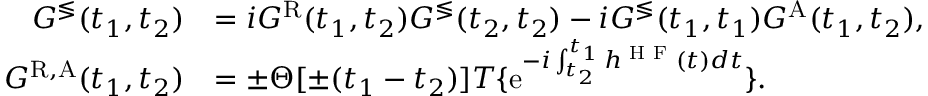
\begin{array} { r l } { G ^ { \lessgtr } ( t _ { 1 } , t _ { 2 } ) } & { = i G ^ { \mathrm { R } } ( t _ { 1 } , t _ { 2 } ) G ^ { \lessgtr } ( t _ { 2 } , t _ { 2 } ) - i G ^ { \lessgtr } ( t _ { 1 } , t _ { 1 } ) G ^ { \mathrm { A } } ( t _ { 1 } , t _ { 2 } ) , } \\ { G ^ { \mathrm { R , A } } ( t _ { 1 } , t _ { 2 } ) } & { = \pm \Theta [ \pm ( t _ { 1 } - t _ { 2 } ) ] T \{ \mathrm { e } ^ { - i \int _ { t _ { 2 } } ^ { t _ { 1 } } h ^ { \textrm { H F } } ( t ) d t } \} . } \end{array}